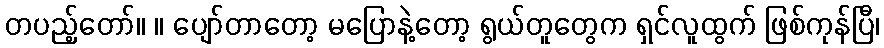
တပည့်တော်။ ။ ပျော်တာတော့ မပြောနဲ့တော့ ရွယ်တူတွေက ရှင်လူထွက် ဖြစ်ကုန်ပြီ၊